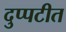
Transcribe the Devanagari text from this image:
दुप्पटीत